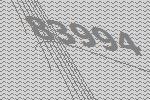
83994